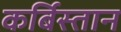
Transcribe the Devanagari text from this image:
कर्बिस्तान